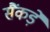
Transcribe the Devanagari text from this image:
सैंकड़े